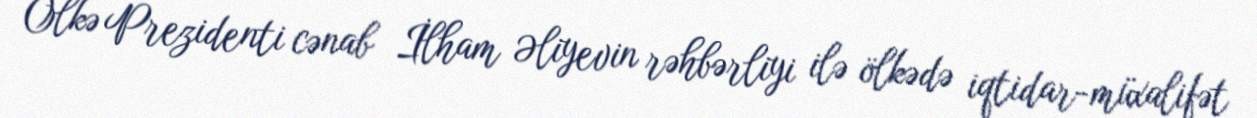
Ölkə Prezidenti cənab İlham Əliyevin rəhbərliyi ilə ölkədə iqtidar-müxalifət